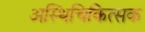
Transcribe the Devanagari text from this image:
अस्थिचिकित्सक